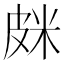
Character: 𰤦